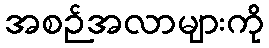
အစဉ်အလာများကို